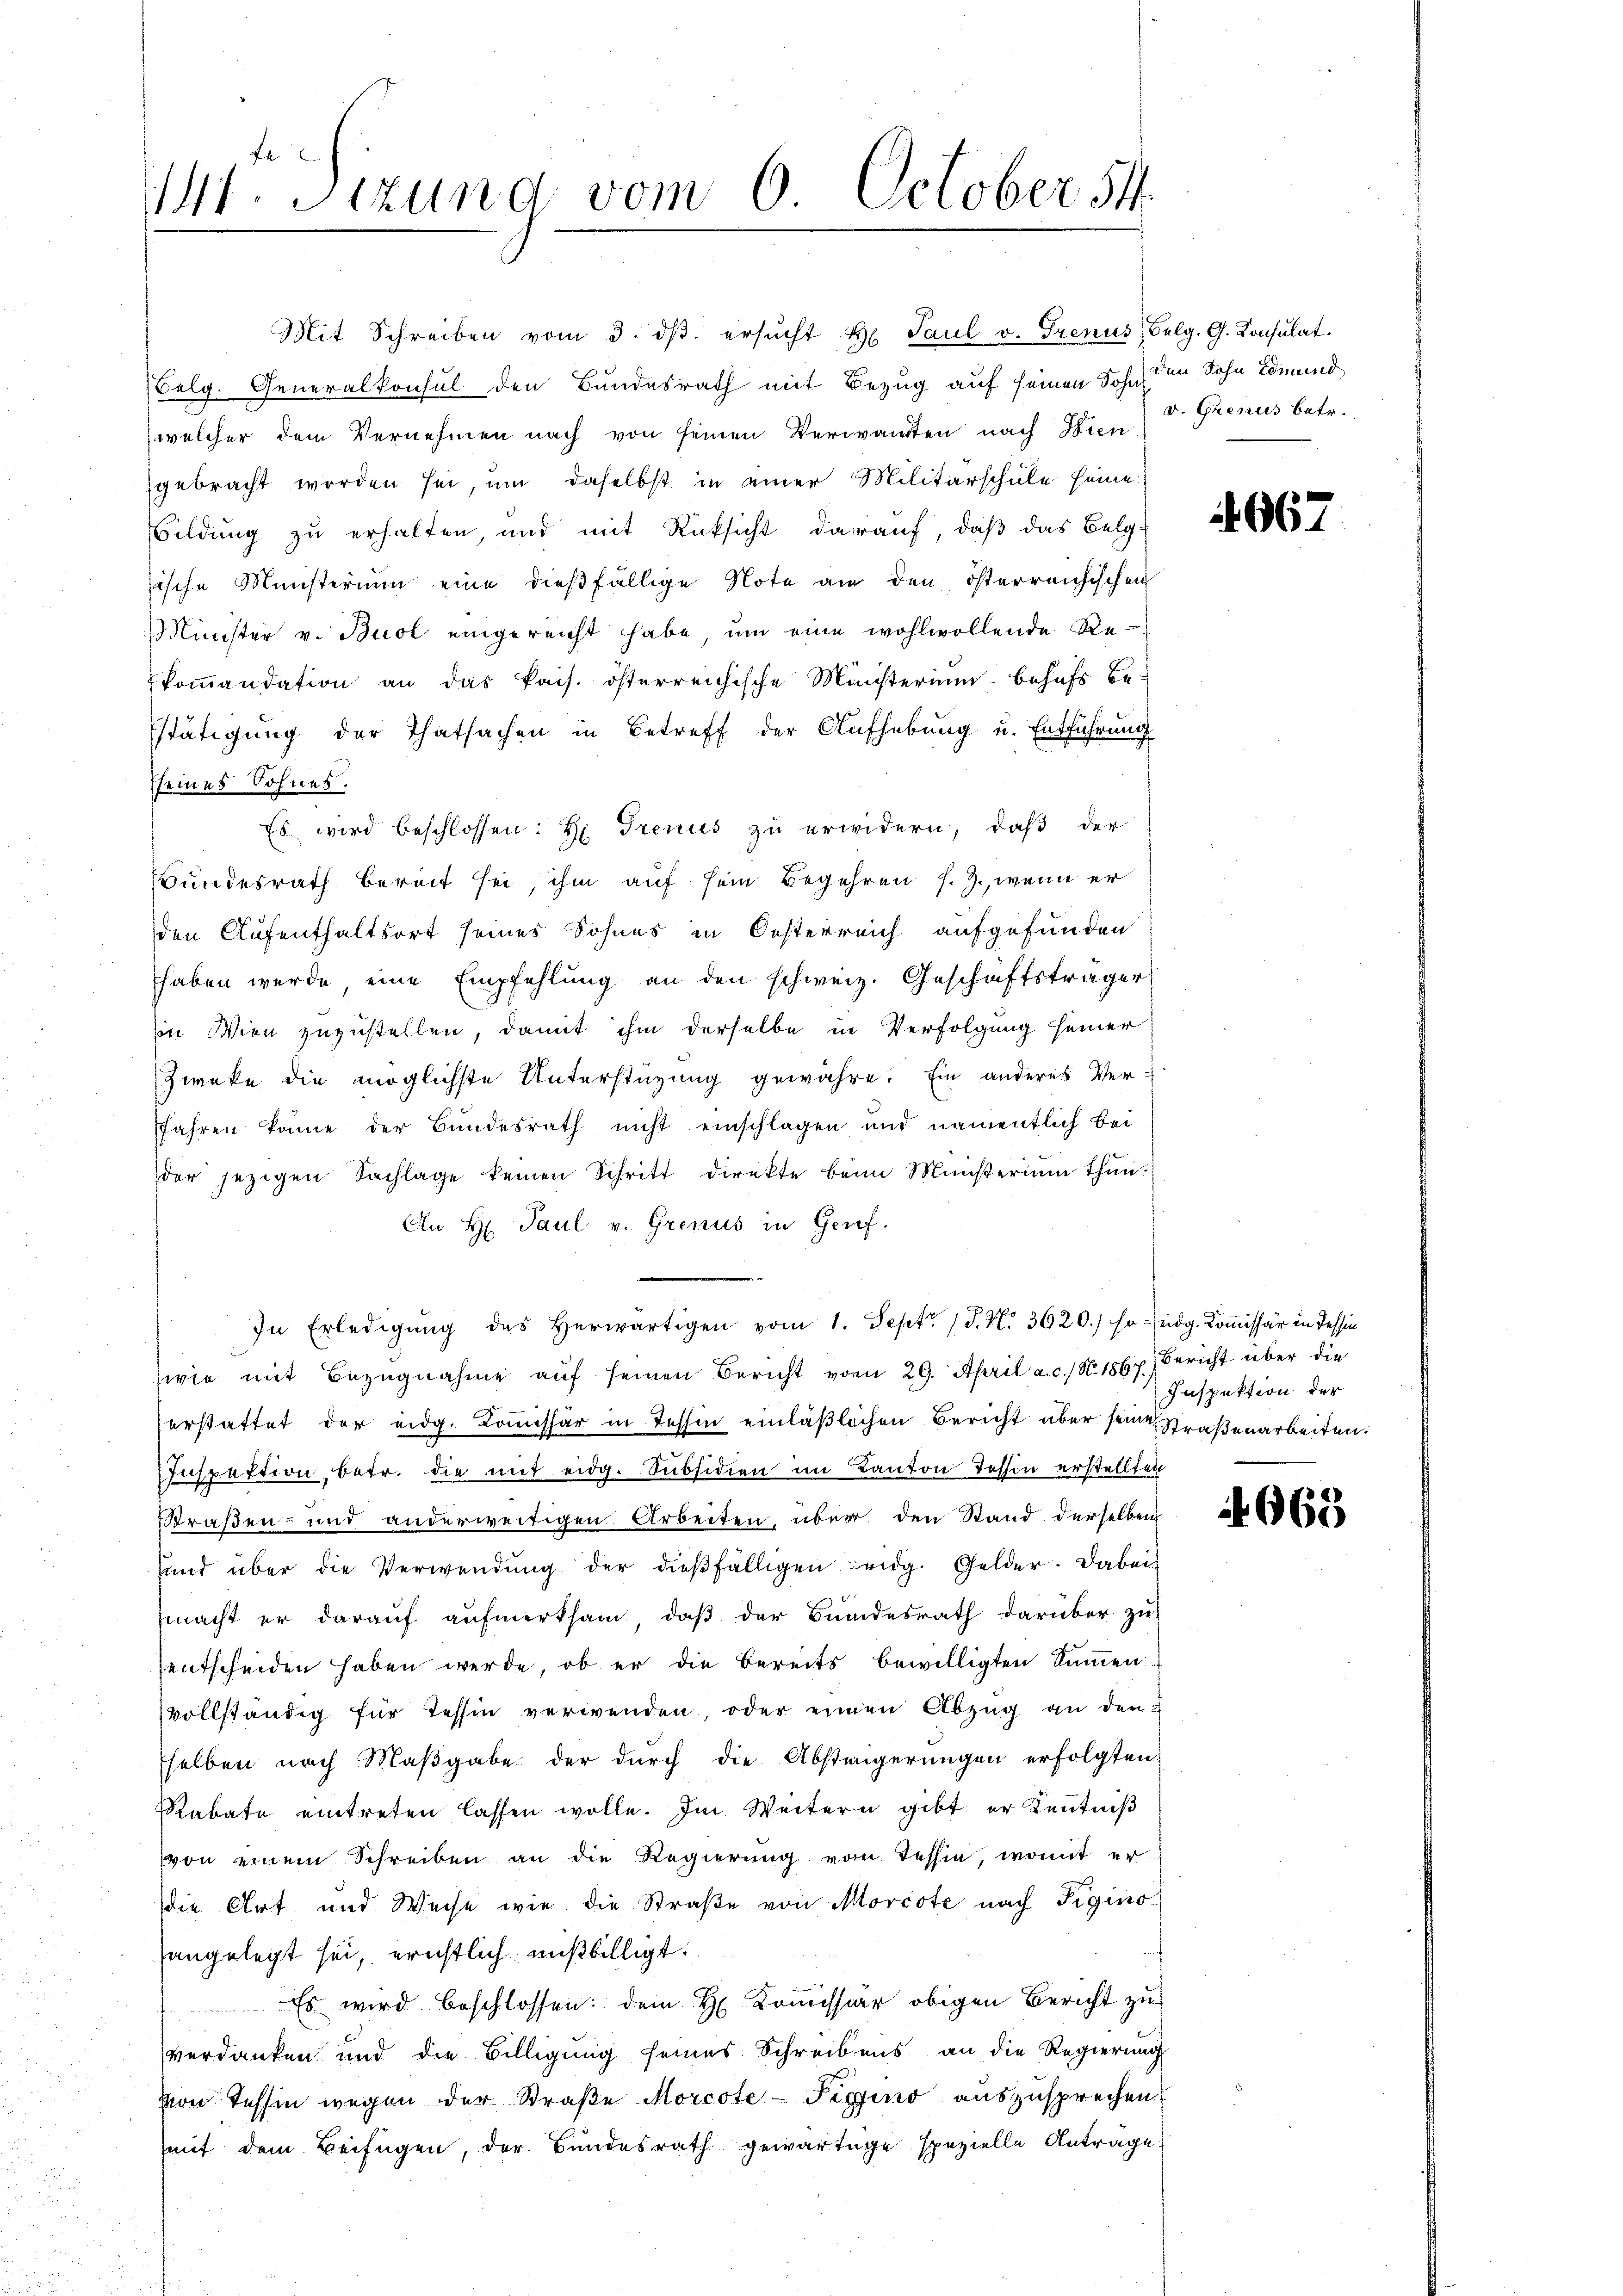
Mit Schreiben vom 3. dβ. ersŭcht Hr. Paul v. Grenus, Belg. G. Konsŭlat.
Belg. Generalkonsul den Bundesrath mit Bezug auf seinen Sohn den Sohn Lömend
welcher dem Vernehmen nach von seinen Verwandten nach Wien
gebracht worden sei, um daselbst in einer Militärschule seine
Bildung zu erhalten, und mit Rücksicht darauf, daß das Belg-
sische Ministerium eine dießfällige Note an den österreichischen
Minister v. Buol eingereicht habe, ŭm eine wohlwollende Re-
koṁandation an das kais. österreichische Ministerium behufs be-
stätigung der Thatsachen in Betreff der Aufhebung u. Entführung
sseines Sohnes.
Es wird beschlossen: H. Trenus zu erwidern, daß der
Bundesrath bereit sei, ihm auf sein Begehren s. Z., wenn er
den Aufenthaltsort seines Sohnes in Oesterreich aufgefunden
haben werde eine Empfehlung an den schweiz. Geschäftsträger
in Wien zuzustellen, damit ihm derselbe in Verfolgung seiner
Zweke die möglichste Unterstüzung gewähre. Ein anderes Ver-
Jahren könne der Bundesrath nicht einschlagen und namentlich bei
der jezigen Sachlage keinen Schritt direkte beim Münsterium thun.
An H. Paul v. Grenus in Genf.
In Erledigŭng des herwärtigen vom 1. Sept. 18. No. 3620.) sondg. Kom̅issär in Tessin
wie mit Bezugnahme auf seinen Bericht vom 29. April a. c., N. 1867) Bericht über die
eestattet der eidg. Kommissär in Tessin einläßlichen Bericht über seine Straßenarbeiten.
Inspektion, betr. die mit eidg. Subsidien im Kanton Tessin erstellten
Straßen- und anderweitigen Arbeiten, über den Stand derselben
sund über die Verwendŭng der dießfälligen eidg. Gelder. Dabei
macht er darauf aufmerksam, daß der Bundesrath darüber zu
entscheiden haben werde, ob er die bereits bewilligten Summen
vollständig für Tessin verwenden, oder einen Abzug an den
sselben nach Maßgabe der durch die Absteigerungen erfolgten
Rabate eintreten lassen wolle. Im Weitern gibt er Kenntniß
von einem Schreiben an die Regierung vom Tessin, womit erdie Art und Weise wie die Straβe von Morcote nach Figino
sangelegt sei, ernstlich mißbilligt.
Es wird beschlossen: dem H. Kommission obigen Bericht zu
verdanken und die Billigung seines Schreibens an die Regierung
von Tessin wegen der Straβe Morcote-Figino auszusprechen
mit dem Beifügen, der Bundesrath gewärtige spezielle Antrage

141. Stund vom 6. October 54

v. Grenus betr.

967

Inspektion der

669